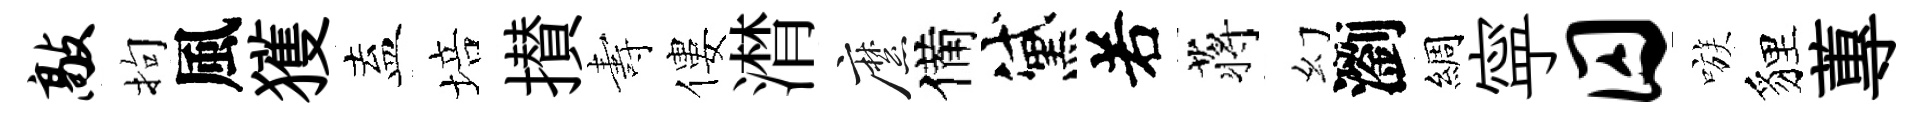
敲拘風獲盍培攅夀僂潸縻備黛𠰥蒋幻瀏綢寜囚嗾貍蓴